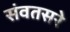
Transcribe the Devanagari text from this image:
संवतसरे